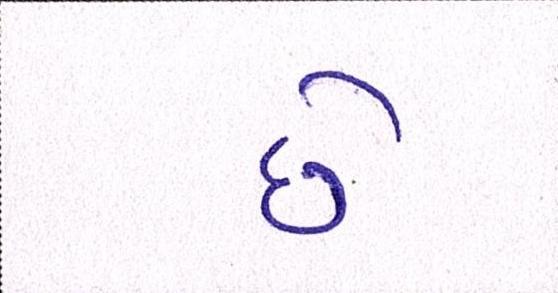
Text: છેઃ